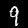
Digit: 9